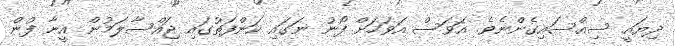
ދިޔައީ ސިއްސައިގެންނެވެ. އަވަސް އަވަހަށް ފޯނު ނަގައި ކަންފަތުގައި ޖައްސާލަމުން އީނާ ފުން